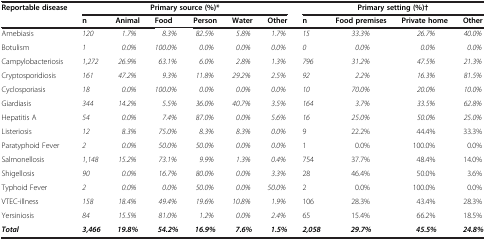
<table><thead><tr><td><b>Reportable disease</b></td><td colspan="6"><b>Primary source (%)*</b></td><td colspan="4"><b>Primary setting (%)†</b></td></tr><tr><td><b> </b></td><td><b>n</b></td><td><b>Animal</b></td><td><b>Food</b></td><td><b>Person</b></td><td><b>Water</b></td><td><b>Other</b></td><td><b>n</b></td><td><b>Food premises</b></td><td><b>Private home</b></td><td><b>Other</b></td></tr></thead><tbody><tr><td>Amebiasis</td><td><i>120</i></td><td><i>1.7%</i></td><td><i>8.3%</i></td><td><i>82.5%</i></td><td><i>5.8%</i></td><td><i>1.7%</i></td><td><i>15</i></td><td><i>33.3%</i></td><td><i>26.7%</i></td><td><i>40.0%</i></td></tr><tr><td>Botulism</td><td><i>1</i></td><td><i>0.0%</i></td><td><i>100.0%</i></td><td><i>0.0%</i></td><td><i>0.0%</i></td><td><i>0.0%</i></td><td><i>0</i></td><td><i>0.0%</i></td><td><i>0.0%</i></td><td><i>0.0%</i></td></tr><tr><td>Campylobacteriosis</td><td><i>1,272</i></td><td><i>26.9%</i></td><td><i>63.1%</i></td><td><i>6.0%</i></td><td><i>2.8%</i></td><td><i>1.3%</i></td><td><i>796</i></td><td><i>31.2%</i></td><td><i>47.5%</i></td><td><i>21.3%</i></td></tr><tr><td>Cryptosporidiosis</td><td><i>161</i></td><td><i>47.2%</i></td><td><i>9.3%</i></td><td><i>11.8%</i></td><td><i>29.2%</i></td><td><i>2.5%</i></td><td><i>92</i></td><td><i>2.2%</i></td><td><i>16.3%</i></td><td><i>81.5%</i></td></tr><tr><td>Cyclosporiasis</td><td><i>18</i></td><td><i>0.0%</i></td><td><i>100.0%</i></td><td><i>0.0%</i></td><td><i>0.0%</i></td><td><i>0.0%</i></td><td><i>10</i></td><td><i>70.0%</i></td><td><i>20.0%</i></td><td><i>10.0%</i></td></tr><tr><td>Giardiasis</td><td><i>344</i></td><td><i>14.2%</i></td><td><i>5.5%</i></td><td><i>36.0%</i></td><td><i>40.7%</i></td><td><i>3.5%</i></td><td><i>164</i></td><td><i>3.7%</i></td><td><i>33.5%</i></td><td><i>62.8%</i></td></tr><tr><td>Hepatitis A</td><td><i>54</i></td><td><i>0.0%</i></td><td><i>7.4%</i></td><td><i>87.0%</i></td><td><i>0.0%</i></td><td><i>5.6%</i></td><td><i>16</i></td><td><i>25.0%</i></td><td><i>50.0%</i></td><td><i>25.0%</i></td></tr><tr><td>Listeriosis</td><td><i>12</i></td><td><i>8.3%</i></td><td><i>75.0%</i></td><td><i>8.3%</i></td><td><i>8.3%</i></td><td><i>0.0%</i></td><td>9</td><td>22.2%</td><td>44.4%</td><td>33.3%</td></tr><tr><td>Paratyphoid Fever</td><td><i>2</i></td><td><i>0.0%</i></td><td><i>50.0%</i></td><td><i>50.0%</i></td><td><i>0.0%</i></td><td><i>0.0%</i></td><td>1</td><td>0.0%</td><td>100.0%</td><td>0.0%</td></tr><tr><td>Salmonellosis</td><td><i>1,148</i></td><td><i>15.2%</i></td><td><i>73.1%</i></td><td><i>9.9%</i></td><td><i>1.3%</i></td><td><i>0.4%</i></td><td>754</td><td>37.7%</td><td>48.4%</td><td>14.0%</td></tr><tr><td>Shigellosis</td><td><i>90</i></td><td><i>0.0%</i></td><td><i>16.7%</i></td><td><i>80.0%</i></td><td><i>0.0%</i></td><td><i>3.3%</i></td><td>28</td><td>46.4%</td><td>50.0%</td><td>3.6%</td></tr><tr><td>Typhoid Fever</td><td><i>2</i></td><td><i>0.0%</i></td><td><i>0.0%</i></td><td><i>50.0%</i></td><td><i>0.0%</i></td><td><i>50.0%</i></td><td>2</td><td>0.0%</td><td>100.0%</td><td>0.0%</td></tr><tr><td>VTEC-illness</td><td><i>158</i></td><td><i>18.4%</i></td><td><i>49.4%</i></td><td><i>19.6%</i></td><td><i>10.8%</i></td><td><i>1.9%</i></td><td>106</td><td>28.3%</td><td>43.4%</td><td>28.3%</td></tr><tr><td>Yersiniosis</td><td><i>84</i></td><td><i>15.5%</i></td><td><i>81.0%</i></td><td><i>1.2%</i></td><td><i>0.0%</i></td><td><i>2.4%</i></td><td>65</td><td>15.4%</td><td>66.2%</td><td>18.5%</td></tr><tr><td><b><i>Total</i></b></td><td><b><i>3,466</i></b></td><td><b><i>19.8%</i></b></td><td><b><i>54.2%</i></b></td><td><b><i>16.9%</i></b></td><td><b><i>7.6%</i></b></td><td><b><i>1.5%</i></b></td><td><b><i>2,058</i></b></td><td><b><i>29.7%</i></b></td><td><b><i>45.5%</i></b></td><td><b><i>24.8%</i></b></td></tr></tbody></table>